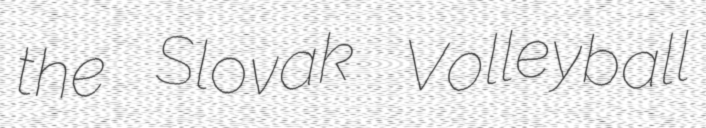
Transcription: the Slovak Volleyball